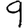
Digit: 9